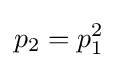
p_{2}=p_{1}^{2}